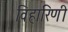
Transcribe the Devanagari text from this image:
विहारिणी